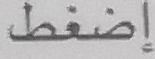
إضغط